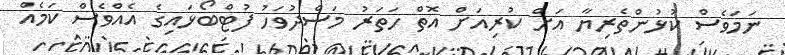
ނަމަވެސް ކުޅުންތެރިޔާ އަށް ކުރިއަށް އޮތް ހަތަރު މަސްދުވަހު ފުޓްބޯޅައިގެ އެއްވެސް ކަމެއް